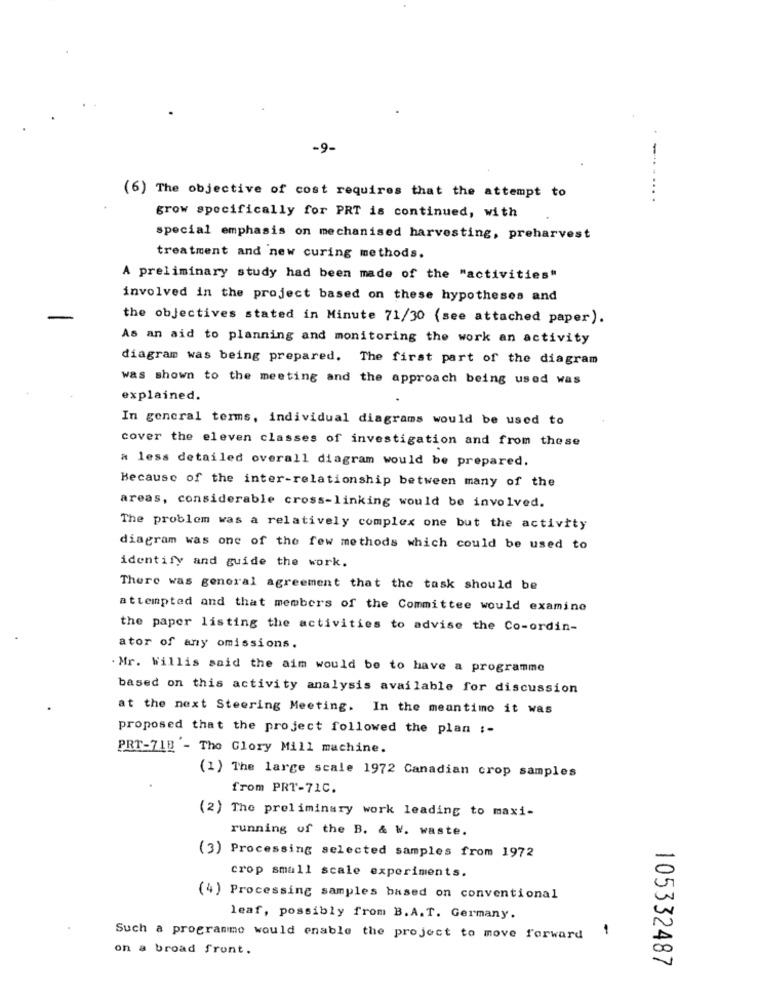
-9-
(6) The objective of cost requires that the attempt to
grow specifically for PRT is continued, with
special emphasis on mechanised harvesting, preharvest
treatment and new curing methods.
A preliminary study had been made of the "activities"
involved in the project based on these hypotheses and
the objectives stated in Minute 71/30 (see attached paper).
As an aid to planning and monitoring the work an activity
diagram was being prepared. The first part of the diagram
was shown to the meeting and the approach being used was
explained.
In general terms, individual diagrams would be used to
cover the eleven classes of investigation and from these
a less detailed overall diagram would be prepared.
Because of the inter-relationship between many of the
areas, considerable cross-linking would be involved.
The problem was a relatively complex one but the activity
diagram was one of the few methods which could be used to
identify and guide the work.
There was general agreement that the task should be
attempted and that members of the Committee would examine
the paper listing the activities to advise the Co-ordin-
ator of any omissions.
. Mr. Willis said the aim would be to have a programme
based on this activity analysis available for discussion
at the next Steering Meeting. In the meantime it was
proposed that the project followed the plan :-
PRT-718 - The Glory Mill machine.
(1) The large scale 1972 Canadian crop samples
from PRT-71C.
(2) The preliminary work leading to maxi-
running of the B. & W. waste.
(3) Processing selected samples from 1972
crop small scale experiments.
(4) Processing samples based on conventional
leaf, possibly from B.A.T. Germany.
1
Such a programme would enable the project to move forward
on a broad front.
105332487